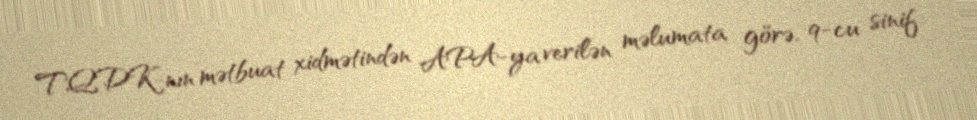
TQDK-nın mətbuat xidmətindən APA-ya verilən məlumata görə, 9-cu sinif